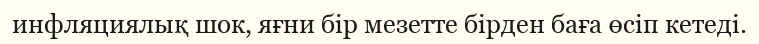
инфляциялық шок, яғни бір мезетте бірден баға өсіп кетеді.